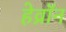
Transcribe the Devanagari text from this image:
हेव्रॉन